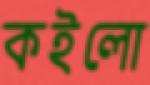
কইলো